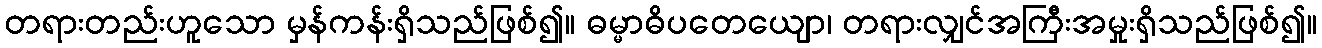
တရားတည်းဟူသော မှန်ကန်းရှိသည်ဖြစ်၍။ ဓမ္မာဓိပတေယျော၊ တရားလျှင်အကြီးအမှုးရှိသည်ဖြစ်၍။